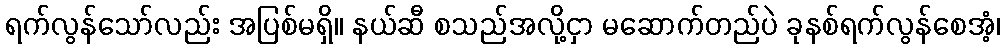
ရက်လွန်သော်လည်း အပြစ်မရှိ။ နယ်ဆီ စသည်အလို့ငှာ မဆောက်တည်ပဲ ခုနစ်ရက်လွန်စေအံ့၊